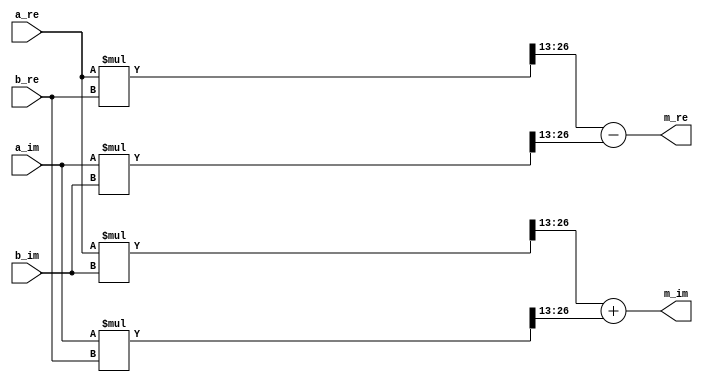
//----------------------------------------------------------------------
//  Multiply: Complex Multiplier
//----------------------------------------------------------------------
`timescale	1ns/1ns
module Multiply #(
    parameter   WIDTH = 14
)(
    input   signed  [WIDTH-1:0] a_re,
    input   signed  [WIDTH-1:0] a_im,
    input   signed  [WIDTH-1:0] b_re,
    input   signed  [WIDTH-1:0] b_im,
    output  signed  [WIDTH-1:0] m_re,
    output  signed  [WIDTH-1:0] m_im
);

wire signed [WIDTH*2-1:0]   arbr, arbi, aibr, aibi;
wire signed [WIDTH-1:0]     sc_arbr, sc_arbi, sc_aibr, sc_aibi;

//  Signed Multiplication
assign  arbr = a_re * b_re;
assign  arbi = a_re * b_im;
assign  aibr = a_im * b_re;
assign  aibi = a_im * b_im;

//  Scaling
assign  sc_arbr = arbr >>> (WIDTH-1);
assign  sc_arbi = arbi >>> (WIDTH-1);
assign  sc_aibr = aibr >>> (WIDTH-1);
assign  sc_aibi = aibi >>> (WIDTH-1);

//  Sub/Add
//  These sub/add may overflow if unnormalized data is input.
assign  m_re = sc_arbr - sc_aibi;
assign  m_im = sc_arbi + sc_aibr;

endmodule